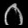
Digit: ၀